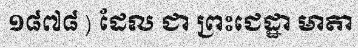
១៨៧៨ ) ដែល ជា ព្រះជេដ្ឋា មាតា